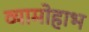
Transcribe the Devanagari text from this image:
व्यामोहाभ